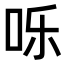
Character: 𪠸